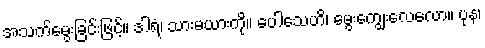
အသက်မွေးခြင်းဖြင့်။ ဒါရံ၊ သားမယားကို။ ပေါသေဟိ၊ မွေးကျွေးလေလော။ ပုန၊